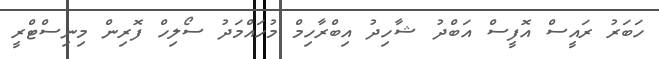
ހަބަރު ރައީސް އޮފީސް އަބްދު ޝާހިދު އިބްރާހިމް މުހައްމަދު ސޯލިހް ފޮރިން މިނިސްޓްރީ